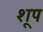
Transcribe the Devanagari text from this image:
शूप